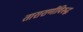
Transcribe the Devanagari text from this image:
ताराराणीविरुद्ध